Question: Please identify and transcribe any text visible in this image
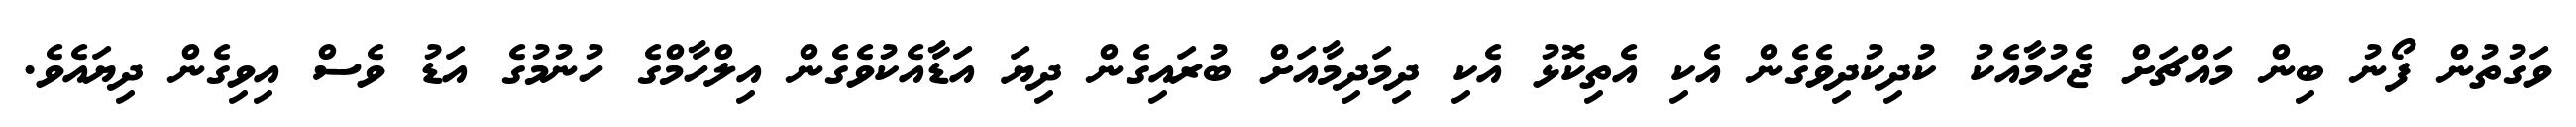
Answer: ވަގުތުން ފޯނު ބިން މައްޗަށް ޖެހުމާއެކު ކުދިކުދިވެގެން އެކި އެތިކޮޅު އެކި ދިމަދިމާއަށް ބުރައިގެން ދިޔަ އަޑާއެކުވެގެން އިލްހާމްގެ ހުނުމުގެ އަޑު ވެސް އިވިގެން ދިޔައެވެ.